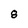
Character: 8